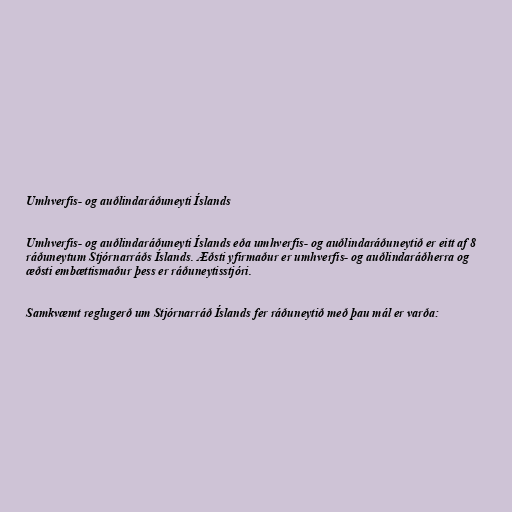
Umhverfis- og auðlindaráðuneyti Íslands

Umhverfis- og auðlindaráðuneyti Íslands eða umhverfis- og auðlindaráðuneytið er eitt af 8
ráðuneytum Stjórnarráðs Íslands. Æðsti yfirmaður er umhverfis- og auðlindaráðherra og
æðsti embættismaður þess er ráðuneytisstjóri.

Samkvæmt reglugerð um Stjórnarráð Íslands fer ráðuneytið með þau mál er varða: